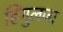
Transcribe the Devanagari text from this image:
हिंगुलजा